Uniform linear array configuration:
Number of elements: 64
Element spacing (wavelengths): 0.25
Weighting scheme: hamming
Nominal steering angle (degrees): -15
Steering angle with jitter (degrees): -16.329
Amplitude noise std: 0.05
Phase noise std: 0.05

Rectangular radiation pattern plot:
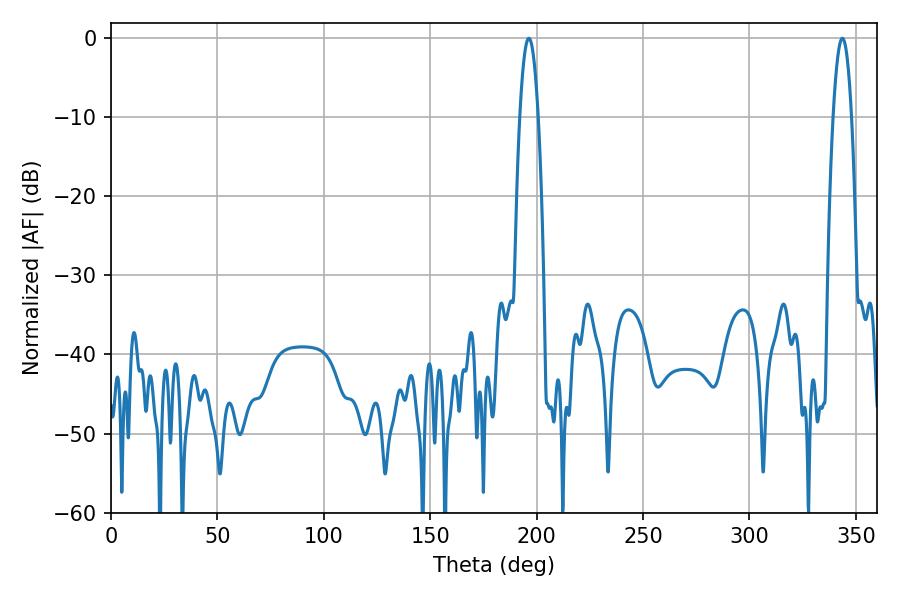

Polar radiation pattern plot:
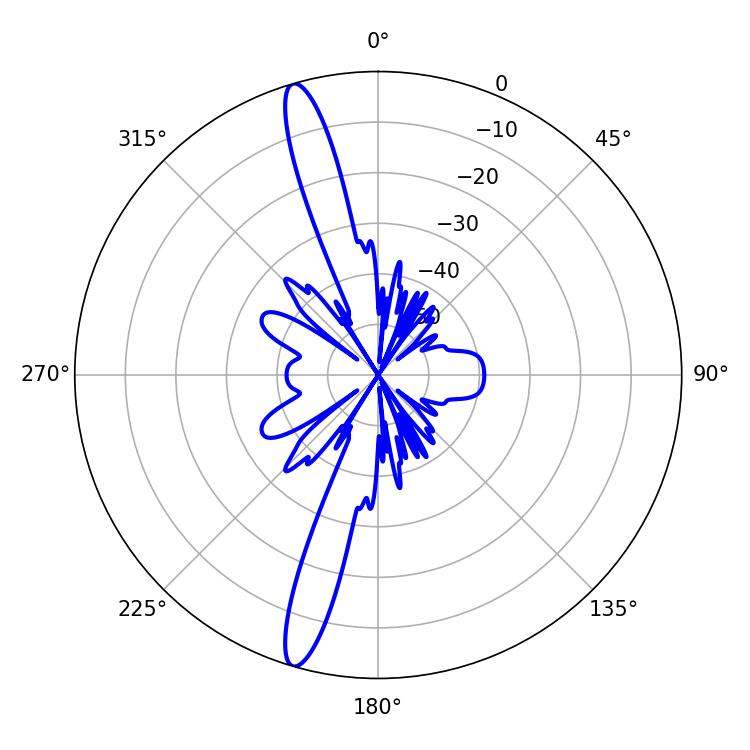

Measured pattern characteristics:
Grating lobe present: FALSE
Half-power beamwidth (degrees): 4.68
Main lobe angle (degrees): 343.62